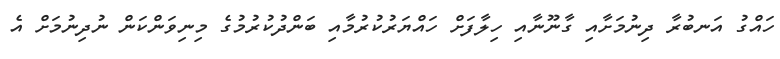
ހައްގު އަނބުރާ ދިނުމަށާއި ގާނޫނާއި ހިލާފަށް ހައްޔަރުކުރުމާއި ބަންދުކުރުމުގެ މިނިވަންކަން ނުދިނުމަށް އެ